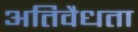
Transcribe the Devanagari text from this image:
अतिवैधता